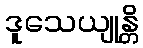
ဒူသေယျုန္တိ